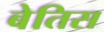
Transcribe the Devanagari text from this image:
बेतिस